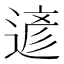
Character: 遃